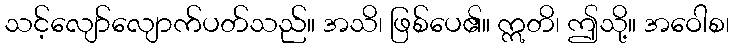
သင့်လျော်လျောက်ပတ်သည်။ အသိ၊ ဖြစ်ပေ၏။ ဣတိ၊ ဤသို့။ အဝေါစ၊